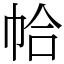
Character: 帢